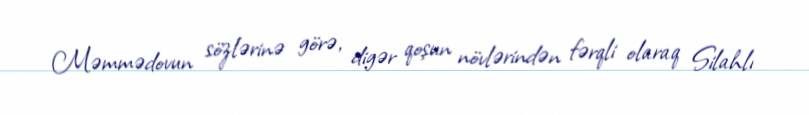
Məmmədovun sözlərinə görə, digər qoşun növlərindən fərqli olaraq Silahlı